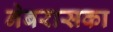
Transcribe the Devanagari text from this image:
नेबरासका